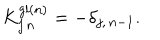
K _ { j \, n } ^ { g l ( n ) } = - \delta _ { j , \, n - 1 } .